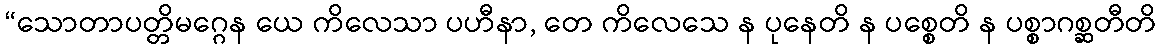
“သောတာပတ္တိမဂ္ဂေန ယေ ကိလေသာ ပဟီနာ, တေ ကိလေသေ န ပုနေတိ န ပစ္စေတိ န ပစ္စာဂစ္ဆတီတိ